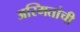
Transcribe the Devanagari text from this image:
अस्मितांची